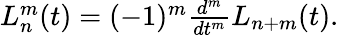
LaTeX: \begin{array}{r}{L_{n}^{m}(t)=(-1)^{m}\frac{d^{m}}{dt^{m}}L_{n+m}(t).}\end{array}